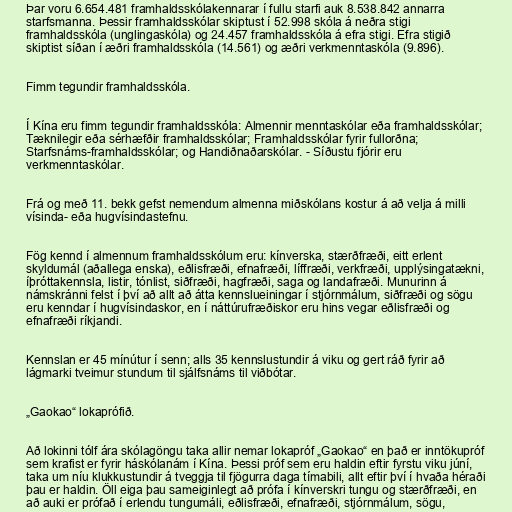
Þar voru 6.654.481 framhaldsskólakennarar í fullu starfi auk 8.538.842 annarra
starfsmanna. Þessir framhaldsskólar skiptust í 52.998 skóla á neðra stigi
framhaldsskóla (unglingaskóla) og 24.457 framhaldsskóla á efra stigi. Efra stigið
skiptist síðan í æðri framhaldsskóla (14.561) og æðri verkmenntaskóla (9.896).

Fimm tegundir framhaldsskóla.

Í Kína eru fimm tegundir framhaldsskóla: Almennir menntaskólar eða framhaldsskólar;
Tæknilegir eða sérhæfðir framhaldsskólar; Framhaldsskólar fyrir fullorðna;
Starfsnáms-framhaldsskólar; og Handiðnaðarskólar. - Síðustu fjórir eru
verkmenntaskólar.

Frá og með 11. bekk gefst nemendum almenna miðskólans kostur á að velja á milli
vísinda- eða hugvísindastefnu.

Fög kennd í almennum framhaldsskólum eru: kínverska, stærðfræði, eitt erlent
skyldumál (aðallega enska), eðlisfræði, efnafræði, líffræði, verkfræði, upplýsingatækni,
íþróttakennsla, listir, tónlist, siðfræði, hagfræði, saga og landafræði. Munurinn á
námskránni felst í því að allt að átta kennslueiningar í stjórnmálum, siðfræði og sögu
eru kenndar í hugvísindaskor, en í náttúrufræðiskor eru hins vegar eðlisfræði og
efnafræði ríkjandi.

Kennslan er 45 mínútur í senn; alls 35 kennslustundir á viku og gert ráð fyrir að
lágmarki tveimur stundum til sjálfsnáms til viðbótar.

„Gaokao“ lokaprófið.

Að lokinni tólf ára skólagöngu taka allir nemar lokapróf „Gaokao“ en það er inntökupróf
sem krafist er fyrir háskólanám í Kína. Þessi próf sem eru haldin eftir fyrstu viku júní,
taka um níu klukkustundir á tveggja til fjögurra daga tímabili, allt eftir því í hvaða héraði
þau er haldin. Öll eiga þau sameiginlegt að prófa í kínverskri tungu og stærðfræði, en
að auki er prófað í erlendu tungumáli, eðlisfræði, efnafræði, stjórnmálum, sögu,